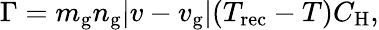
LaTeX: \begin{array}{r}{\Gamma=m_{\mathrm{g}}n_{\mathrm{g}}|v-v_{\mathrm{g}}|(T_{\mathrm{rec}}-T)C_{\mathrm{H}},}\end{array}